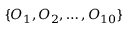
\{ O _ { 1 } , O _ { 2 } , \ldots , O _ { 1 0 } \}